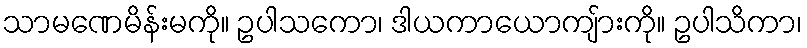
သာမဏေမိန်းမကို။ ဥပါသကော၊ ဒါယကာယောကျ်ားကို။ ဥပါသိကာ၊